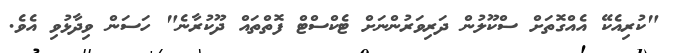
"ކުރިއެކޭ އެއްގޮތަށް ސްކޫލުން ދަރިވަރުންނަށް ޓެކްސްޓް ފޮތްތައް ދޫކުރާނެ" ހަސަން ވިދާޅުވި އެވެ.